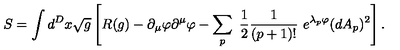
S = \int d ^ { D } x \sqrt { g } \left[ R ( g ) - \partial _ { \mu } \varphi \partial ^ { \mu } \varphi - \sum _ { p } \ \frac { 1 } { 2 } \frac { 1 } { ( p + 1 ) ! } \ e ^ { \lambda _ { p } \varphi } ( d A _ { p } ) ^ { 2 } \right] .